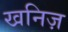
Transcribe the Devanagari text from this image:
खनिज़